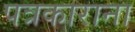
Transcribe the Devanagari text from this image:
पत्रकाराना